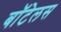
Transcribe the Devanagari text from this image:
बॉटेलस